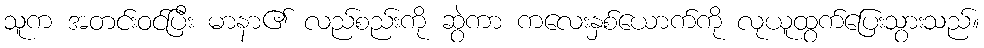
သူက အတင်းဝင်ပြီး မာနာ၏ လည်စည်းကို ဆွဲကာ ကလေးနှစ်ယောက်ကို လုယူထွက်ပြေးသွားသည်။